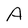
Character: A